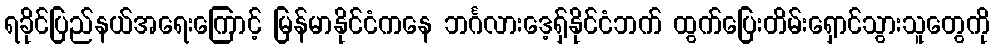
ရခိုင်ပြည်နယ်အရေးကြောင့် မြန်မာနိုင်ငံကနေ ဘင်္ဂလားဒေ့ရှ်နိုင်ငံဘက် ထွက်ပြေးတိမ်းရှောင်သွားသူတွေကို